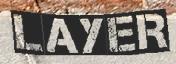
LAYER